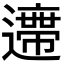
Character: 𨘛